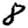
Digit: 8